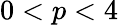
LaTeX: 0<p<4